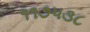
૧૧૭૫૩૮